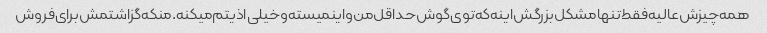
همه‌چیزش‌عالیه‌فقط‌تنهامشکل‌بزرگش‌اینه‌که‌توی‌گوش‌حداقل‌من‌واینمیسته‌وخیلی‌اذیتم‌میکنه.منکه‌گزاشتمش‌برای‌فروش